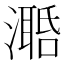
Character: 𣿛